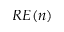
R E ( n )